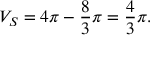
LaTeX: V _ { S } = 4 \pi - { \frac { 8 } { 3 } } \pi = { \frac { 4 } { 3 } } \pi .